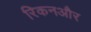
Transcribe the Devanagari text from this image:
रिकनऔर